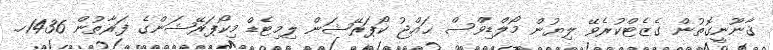
ޤާނޫނީގޮތުން ގެޒެޓްކުރެވޭ ލިޔުން މޯލްޑިވްސް ޙައްޖު ކޯޕަރޭޝަން ލިމިޓެޑް މިކޯޕަރޭޝަންގެ ފަރާތުން 1436ހ.